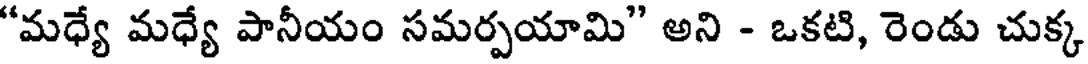
"మధ్యే మధ్యే పానీయం సమర్పయామి" అని - ఒకటి, రెండు చుక్క